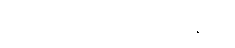
ဒီမှာ ဝမ် ၁၀၀၀၀ တန်ပါ။